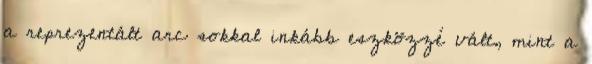
a reprezentált arc sokkal inkább eszközzé vált, mint a